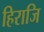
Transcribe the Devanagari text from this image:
हिराजि